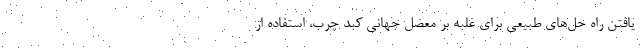
یافتن راه حل‌های طبیعی برای غلبه بر معضل جهانی کبد چرب، استفاده از